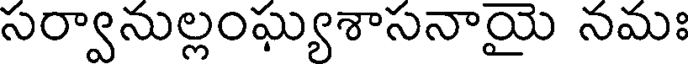
సర్వానుల్లంఘ్యశాసనాయై నమః